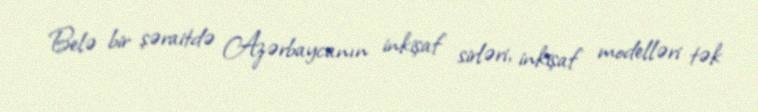
Belə bir şəraitdə Azərbaycanın inkişaf sirləri, inkişaf modelləri tək